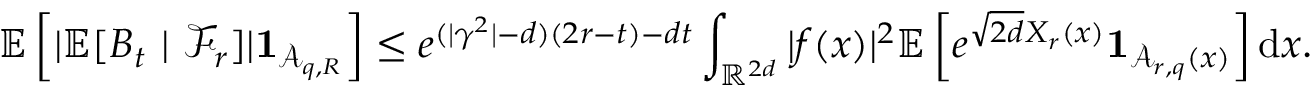
{ \ensuremath { \mathbb E } } \left[ | { \ensuremath { \mathbb E } } [ B _ { t } \ | \ { \ensuremath { \mathcal F } } _ { r } ] | \mathbf { 1 } _ { { \ensuremath { \mathcal A } } _ { q , R } } \right] \le e ^ { ( | \gamma ^ { 2 } | - d ) ( 2 r - t ) - d t } \int _ { { \ensuremath { \mathbb R } } ^ { 2 d } } | f ( x ) | ^ { 2 } { \ensuremath { \mathbb E } } \left[ e ^ { \sqrt { 2 d } X _ { r } ( x ) } \mathbf { 1 } _ { { \ensuremath { \mathcal A } } _ { r , q } ( x ) } \right] \mathrm { d } x .